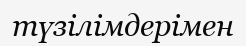
түзілімдерімен